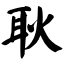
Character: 耿